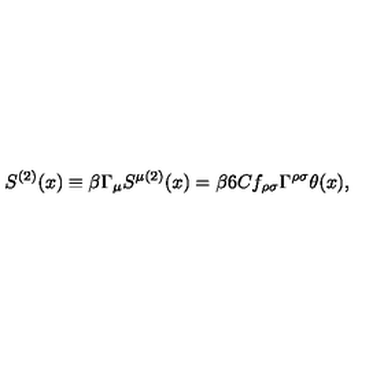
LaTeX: S ^ { ( 2 ) } ( x ) \equiv \beta \Gamma _ { \mu } S ^ { \mu ( 2 ) } ( x ) = \beta 6 C f _ { \rho \sigma } \Gamma ^ { \rho \sigma } \theta ( x ) ,